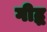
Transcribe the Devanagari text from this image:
गीद्ध